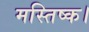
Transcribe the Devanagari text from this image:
मस्तिष्क।